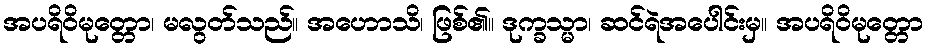
အပရိဝိမုတ္တော၊ မလွတ်သည်။ အဟောသိ၊ ဖြစ်၏။ ဒုက္ခသ္မာ၊ ဆင်ရဲအပေါင်းမှ။ အပရိဝိမုတ္တော